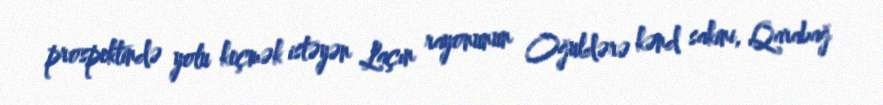
prospektində yolu keçmək istəyən Laçın rayonunun Oğuldərə kənd sakini, Qarabağ